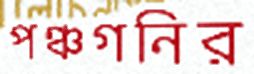
পঞ্চগনির